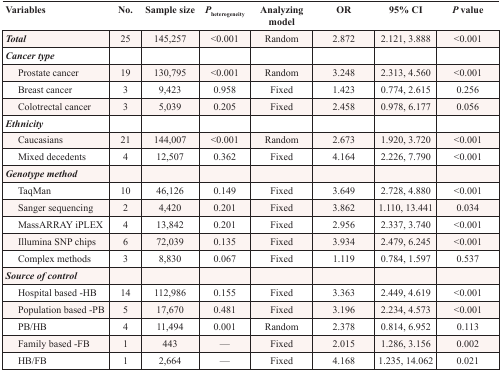
<table><thead><tr><td><b>Variables</b></td><td><b>No.</b></td><td><b>Sample size</b></td><td><b><i>P</i><sub>heterogeneity</sub></b></td><td><b>Analyzing model</b></td><td><b>OR</b></td><td><b>95% CI</b></td><td><b><i>P</i> value</b></td></tr></thead><tbody><tr><td><b><i>Total</i></b></td><td>25</td><td>145,257</td><td>&lt;0.001</td><td>Random</td><td>2.872</td><td>2.121, 3.888</td><td>&lt;0.001</td></tr><tr><td><b><i>Cancer type</i></b></td><td></td><td></td><td></td><td></td><td></td><td></td><td></td></tr><tr><td> Prostate cancer</td><td>19</td><td>130,795</td><td>&lt;0.001</td><td>Random</td><td>3.248</td><td>2.313, 4.560</td><td>&lt;0.001</td></tr><tr><td> Breast cancer</td><td>3</td><td>9,423</td><td>0.958</td><td>Fixed</td><td>1.423</td><td>0.774, 2.615</td><td>0.256</td></tr><tr><td> Colotrectal cancer</td><td>3</td><td>5,039</td><td>0.205</td><td>Fixed</td><td>2.458</td><td>0.978, 6.177</td><td>0.056</td></tr><tr><td><b><i>Ethnicity</i></b></td><td></td><td></td><td></td><td></td><td></td><td></td><td></td></tr><tr><td> Caucasians</td><td>21</td><td>144,007</td><td>&lt;0.001</td><td>Random</td><td>2.673</td><td>1.920, 3.720</td><td>&lt;0.001</td></tr><tr><td> Mixed decedents</td><td>4</td><td>12,507</td><td>0.362</td><td>Fixed</td><td>4.164</td><td>2.226, 7.790</td><td>&lt;0.001</td></tr><tr><td><b><i>Genotype method</i></b></td><td></td><td></td><td></td><td></td><td></td><td></td><td></td></tr><tr><td> TaqMan</td><td>10</td><td>46,126</td><td>0.149</td><td>Fixed</td><td>3.649</td><td>2.728, 4.880</td><td>&lt;0.001</td></tr><tr><td> Sanger sequencing</td><td>2</td><td>4,420</td><td>0.201</td><td>Fixed</td><td>3.862</td><td>1.110, 13.441</td><td>0.034</td></tr><tr><td> MassARRAY iPLEX</td><td>4</td><td>13,842</td><td>0.201</td><td>Fixed</td><td>2.956</td><td>2.337, 3.740</td><td>&lt;0.001</td></tr><tr><td> Illumina SNP chips</td><td>6</td><td>72,039</td><td>0.135</td><td>Fixed</td><td>3.934</td><td>2.479, 6.245</td><td>&lt;0.001</td></tr><tr><td> Complex methods</td><td>3</td><td>8,830</td><td>0.067</td><td>Fixed</td><td>1.119</td><td>0.784, 1.597</td><td>0.537</td></tr><tr><td><b><i>Source of control</i></b></td><td></td><td></td><td></td><td></td><td></td><td></td><td></td></tr><tr><td> Hospital based -HB</td><td>14</td><td>112,986</td><td>0.155</td><td>Fixed</td><td>3.363</td><td>2.449, 4.619</td><td>&lt;0.001</td></tr><tr><td> Population based -PB</td><td>5</td><td>17,670</td><td>0.481</td><td>Fixed</td><td>3.196</td><td>2.234, 4.573</td><td>&lt;0.001</td></tr><tr><td> PB/HB</td><td>4</td><td>11,494</td><td>0.001</td><td>Random</td><td>2.378</td><td>0.814, 6.952</td><td>0.113</td></tr><tr><td> Family based -FB</td><td>1</td><td>443</td><td>—</td><td>Fixed</td><td>2.015</td><td>1.286, 3.156</td><td>0.002</td></tr><tr><td> HB/FB</td><td>1</td><td>2,664</td><td>—</td><td>Fixed</td><td>4.168</td><td>1.235, 14.062</td><td>0.021</td></tr></tbody></table>